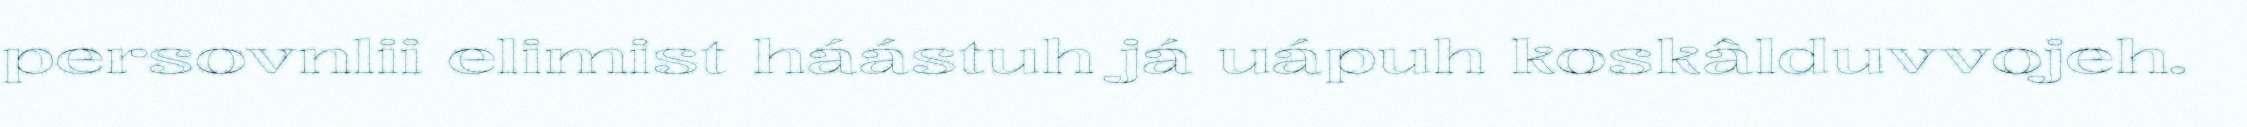
persovnlii elimist háástuh já uápuh koskâlduvvojeh.